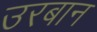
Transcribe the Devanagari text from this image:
उरबान